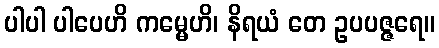
ပါပါ ပါပေဟိ ကမ္မေဟိ၊ နိရယံ တေ ဥပပဇ္ဇရေ။